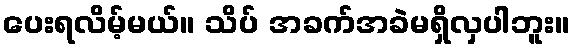
ပေးရလိမ့်မယ်။ သိပ် အခက်အခဲမရှိလှပါဘူး။